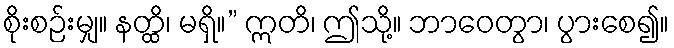
စိုးစဉ်းမျှ။ နတ္ထိ၊ မရှိ။” ဣတိ၊ ဤသို့။ ဘာဝေတွာ၊ ပွားစေ၍။